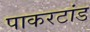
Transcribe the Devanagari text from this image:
पाकरटांड